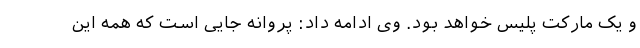
و یک مارکت پلیس خواهد بود. وی ادامه داد: پروانه جایی است که همه این